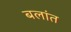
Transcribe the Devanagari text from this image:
बलांत